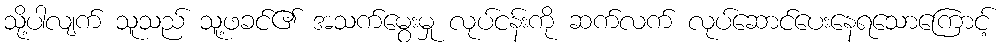
သို့ပါလျက် သူသည် သူ့ဖခင်၏ အသက်မွေးမှု လုပ်ငန်းကို ဆက်လက် လုပ်ဆောင်ပေးနေရသောကြောင့်